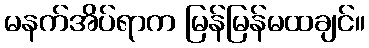
မနက်အိပ်ရာက မြန်မြန်မထချင်။